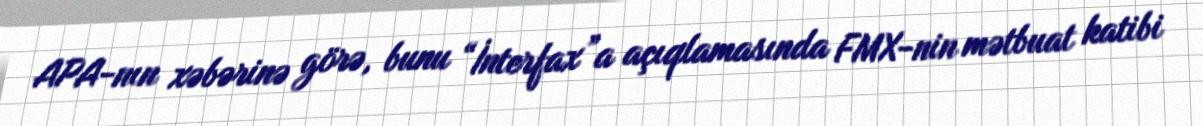
APA-nın xəbərinə görə, bunu “İnterfax”a açıqlamasında FMX-nin mətbuat katibi